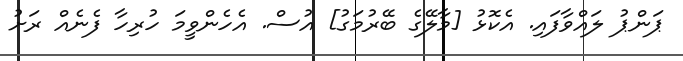
ޕަންޕު ލައްވާފައި. އެކޮޅު [މާލޭގެ ބޭރުމަގު] އުސް. އެހެންވީމަ ހުރިހާ ފެނެއް ރަށު